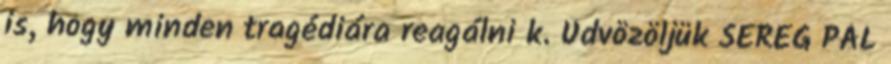
is, hogy minden tragédiára reagálni k. Üdvözöljük SEREG PÁL